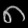
Digit: ၈